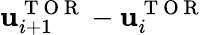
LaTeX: \mathbf{u}_{i+1}^{\mathrm{{~T~O~R~}}}-\mathbf{u}_{i}^{\mathrm{{~T~O~R~}}}